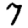
Digit: 7